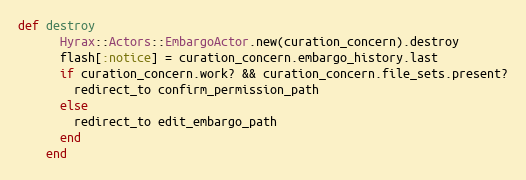
Language: Ruby
def destroy
      Hyrax::Actors::EmbargoActor.new(curation_concern).destroy
      flash[:notice] = curation_concern.embargo_history.last
      if curation_concern.work? && curation_concern.file_sets.present?
        redirect_to confirm_permission_path
      else
        redirect_to edit_embargo_path
      end
    end